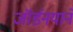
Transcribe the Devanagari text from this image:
जॉर्डनयाने